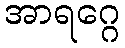
အာရဂ္ဂေ